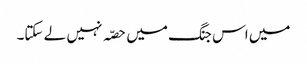
میں اس جنگ میں حصّہ نہیں لے سکتا۔